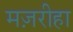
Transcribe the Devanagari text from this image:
मज़रीहा